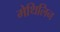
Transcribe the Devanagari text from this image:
मेथिलिन